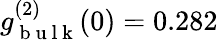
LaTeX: g_{\mathrm{~b~u~l~k~}}^{(2)}(0)=0.282